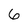
Character: 6